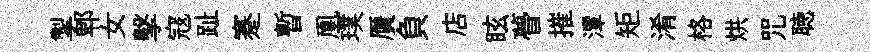
掣郫女擊寇趾蹇暫凰璞贋負店眩瞢摧潭矩淆格烘咒聴